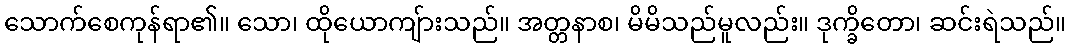
သောက်စေကုန်ရာ၏။ သော၊ ထိုယောကျ်ားသည်။ အတ္တနာစ၊ မိမိသည်မူလည်း။ ဒုက္ခိတော၊ ဆင်းရဲသည်။